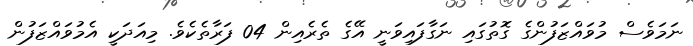
ނަމަވެސް މުވައްޒަފުންގެ ގޮތުގައި ނަގާފައިވަނީ އޭގެ ތެރެއިން 04 ފަރާތެކެވެ. މިއަދަކީ އެމުވައްޒަފުން